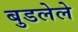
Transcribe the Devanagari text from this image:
बुडलेले